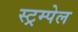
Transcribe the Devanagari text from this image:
स्ट्रम्पेल